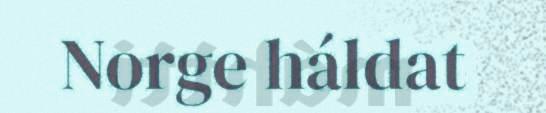
Norge háldat